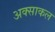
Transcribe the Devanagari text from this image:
अक्साकल